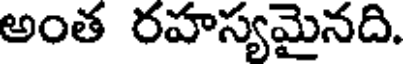
అంత రహస్యమైనది.